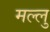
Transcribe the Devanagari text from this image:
मल्लु